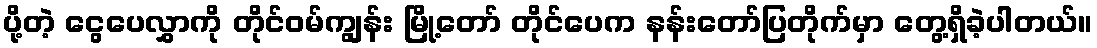
ပို့တဲ့ ငွေပေလွှာကို တိုင်ဝမ်ကျွန်း မြို့တော် တိုင်ပေက နန်းတော်ပြတိုက်မှာ တွေ့ရှိခဲ့ပါတယ်။